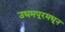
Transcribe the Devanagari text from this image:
उधमपूरमधून